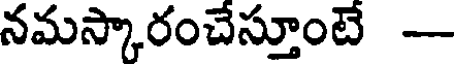
నమస్కారంచేస్తూంటే -